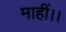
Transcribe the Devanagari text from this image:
माहीं।।